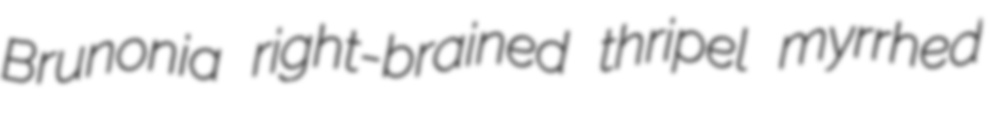
Brunonia right-brained thripel myrrhed